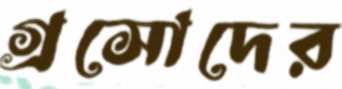
গ্রসোদের